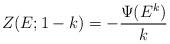
LaTeX: \begin{align*} Z(E; 1-k) = -\frac{\Psi(E^k)}{k}\end{align*}